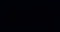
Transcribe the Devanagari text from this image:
केथरिन